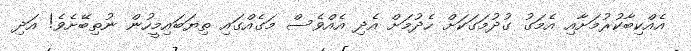
އެއްކިބާކުރުމަށާއި އެމަގު ގުދުމަގަކަށް ހެދުމަށް އެދި އެއްވެސް މަގެއްގައި ތިޔަބައިމީހުން ނުތިބޭށެވެ! އަދި